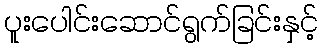
ပူးပေါင်းဆောင်ရွက်ခြင်းနှင့်